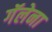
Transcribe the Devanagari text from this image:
गॅलेना